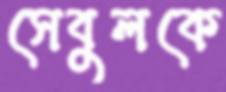
সেবুলকে